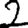
Digit: 2